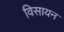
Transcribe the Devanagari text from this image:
विसायन